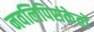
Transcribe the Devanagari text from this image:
नवलिपिसंकेतों